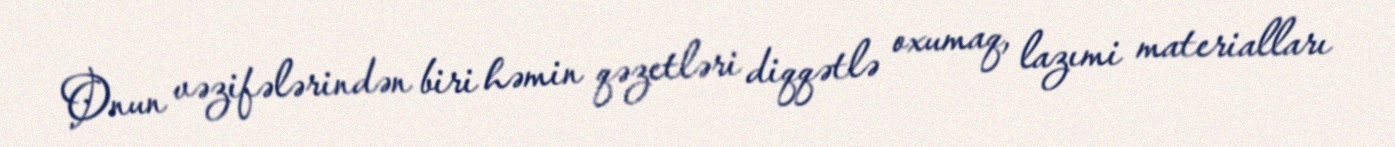
Onun vəzifələrindən biri həmin qəzetləri diqqətlə oxumaq, lazımi materialları